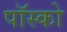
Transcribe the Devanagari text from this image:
पॉस्को